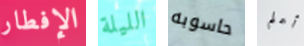
الإفطار الليلة حاسوبه أعلم